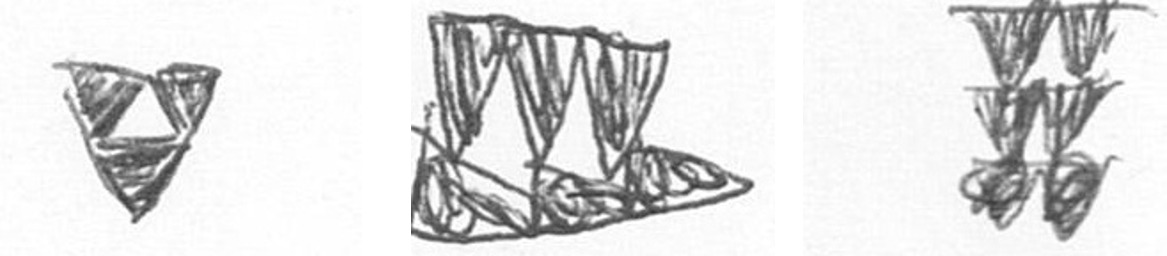
S D Y